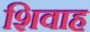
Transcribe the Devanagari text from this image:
शिवाह